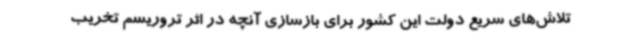
تلاش‌های سریع دولت این کشور برای بازسازی آنچه در اثر تروریسم تخریب